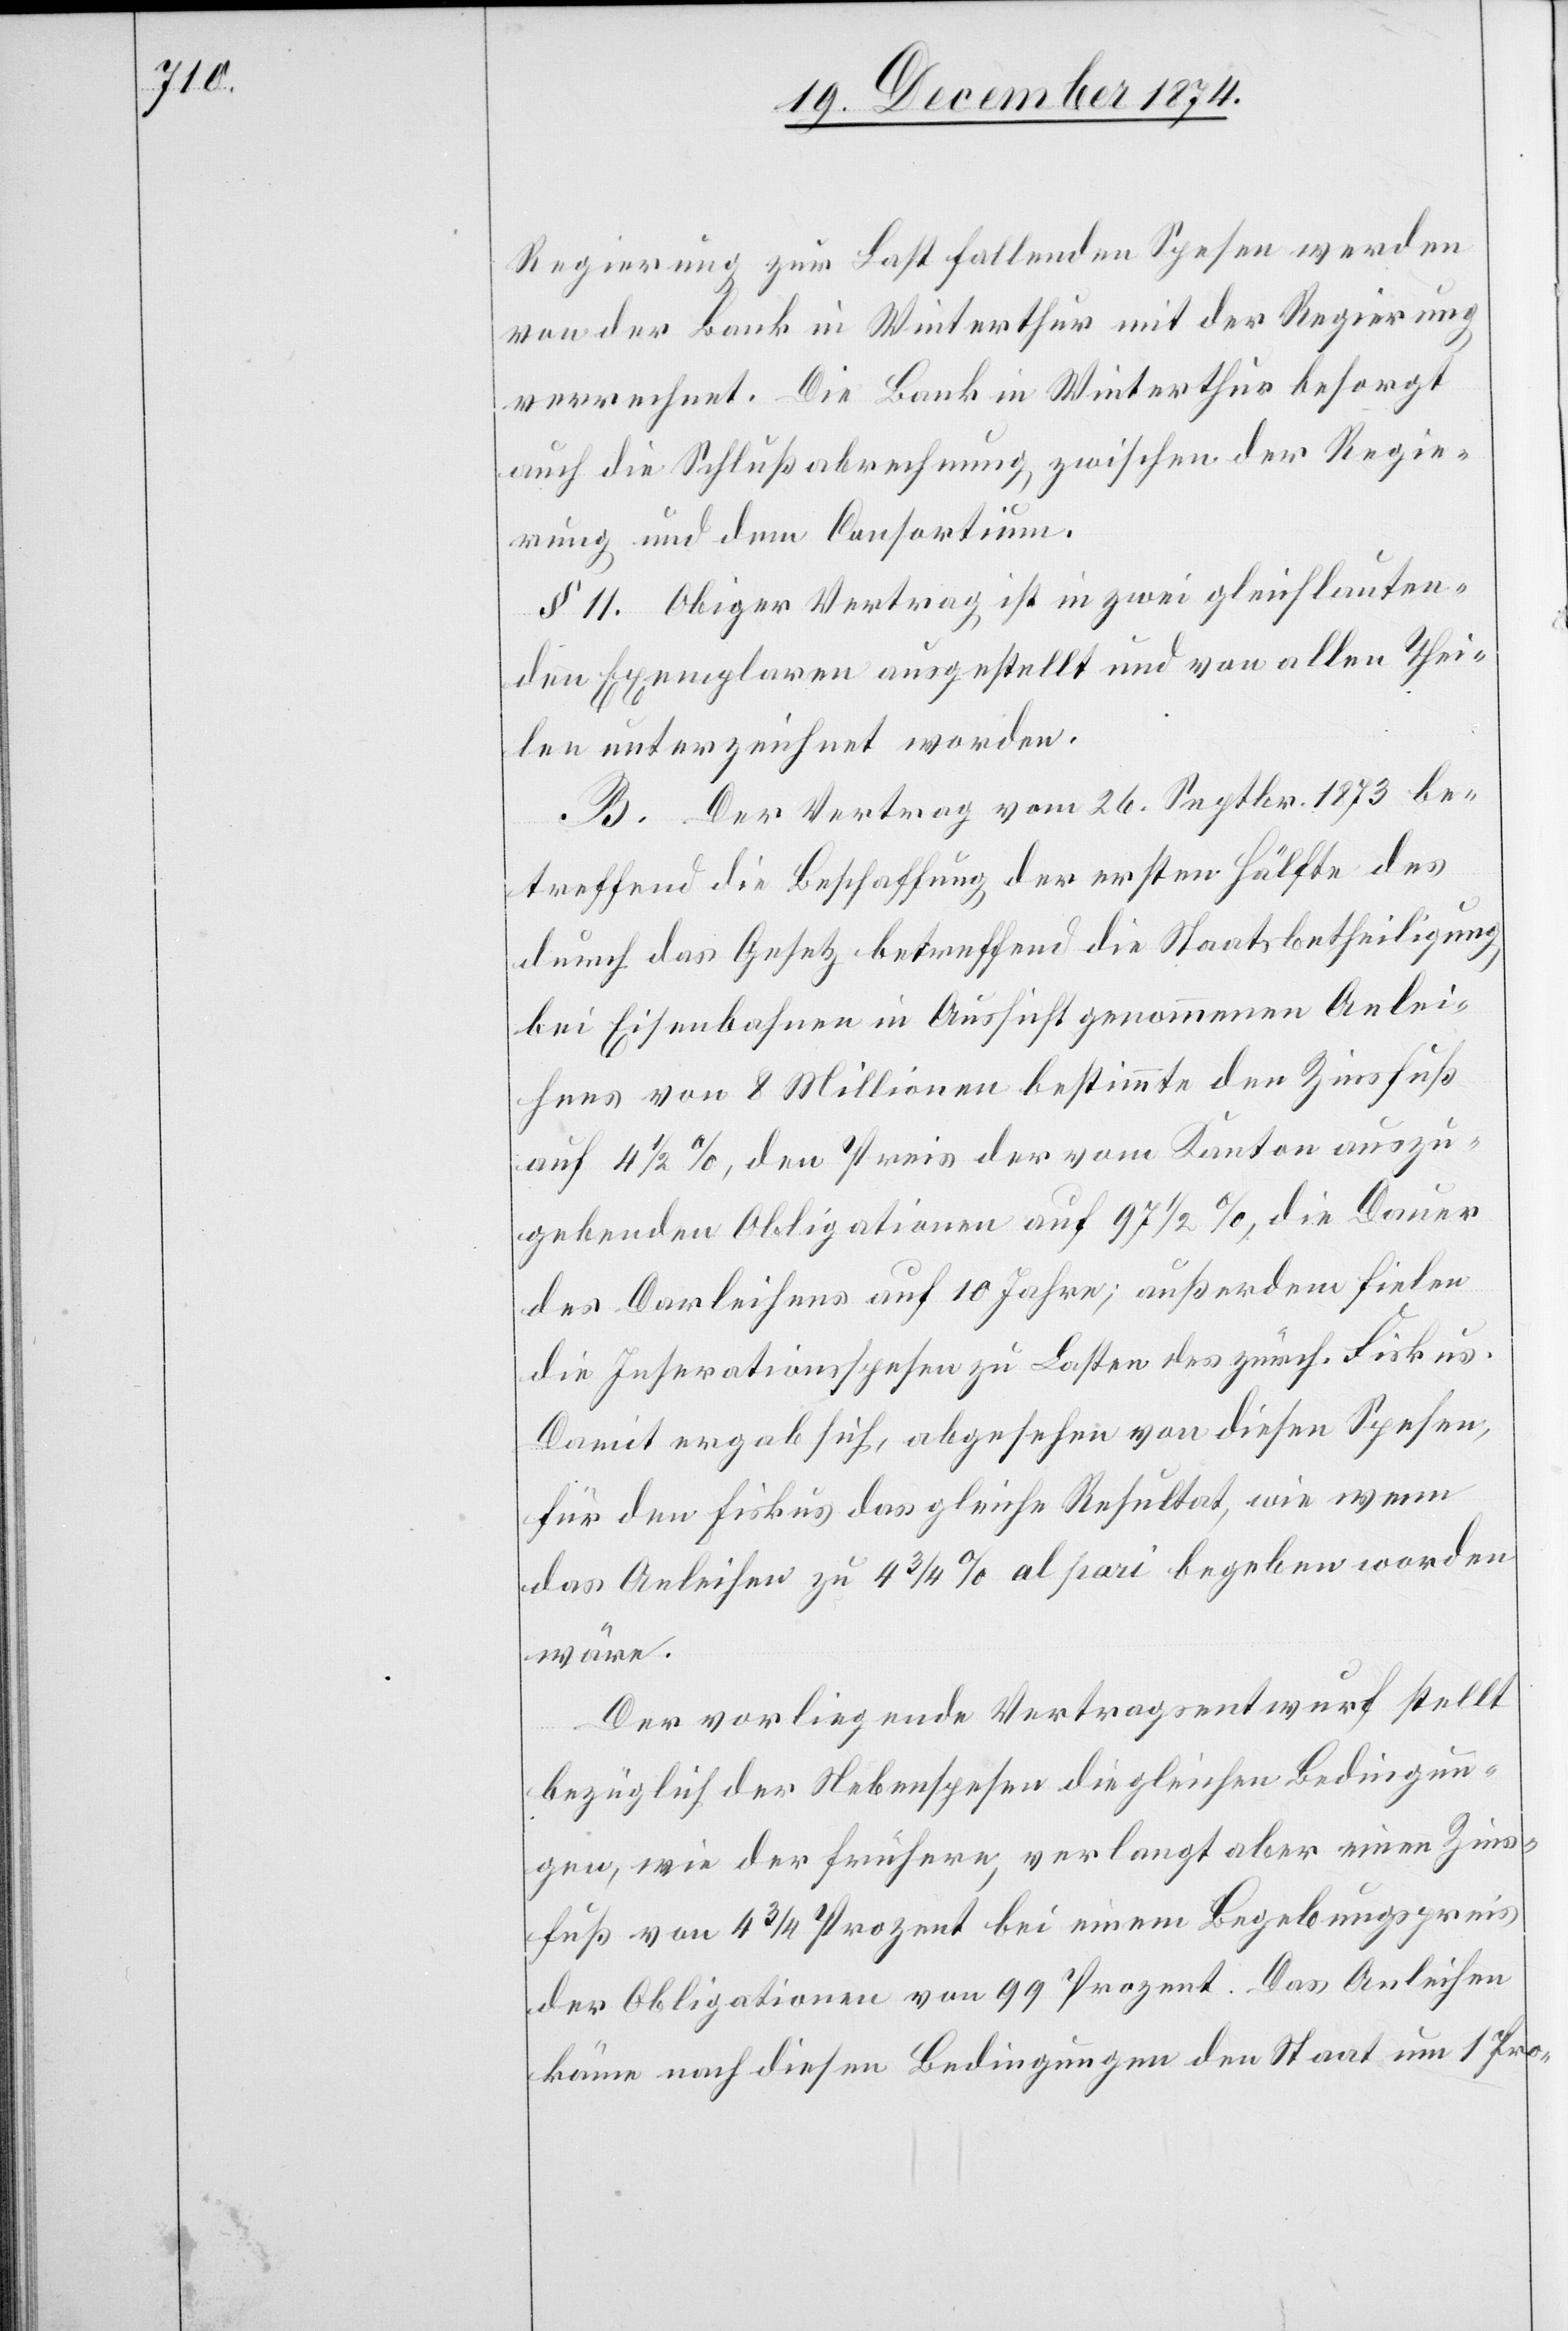
Regierung zur Last fallenden Spesen werden
von der Bank in Winterthur mit der Regierung
verrechnet. Die Bank in Winterthur besorgt
auch die Schlußabrechnung zwischen der Regie¬
rung und dem Consortium.
§ 11. Obiger Vertrag ist in zwei gleichlauten¬
den Exemplaren ausgestellt und von allen Thei¬
len unterzeichnet worden.
B. Der Vertrag vom 26. Septbr. 1873 be¬
treffend die Beschaffung der ersten Hälfte des
durch das Gesetz betreffend die Staatsbetheiligung
bei Eisenbahnen in Aussicht genommenen Anlei¬
hens von 8 Millionen bestimmte den Zinsfuß
auf 4 1/2%, den Preis der vom Kanton auszu¬
gebenden Obligationen auf 97 1/2%, die Dauer
des Darleihens auf 10 Jahre; außerdem fielen
die Inserationsspesen zu Lasten des zürch. Fiskus.
Damit ergab sich, abgesehen von diesen Spesen,
für den Fiskus das gleiche Resultat, wie wenn
das Anleihen zu 4 3/4% al pari begeben worden
wäre.
Der vorliegende Vertragsentwurf stellt
bezüglich der Nebenspesen die gleichen Bedingun¬
gen, wie der frühere, verlangt aber einen Zins¬
fuß von 4 3/4 Prozent bei einem Begebungspreis
der Obligationen von 99 Prozent. Das Anleihen
käme nach diesen Bedingungen den Staat um 1 Pro-